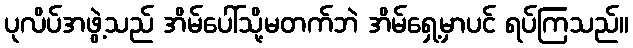
ပုလိပ်အဖွဲ့သည် အိမ်ပေါ်သို့မတက်ဘဲ အိမ်ရှေ့မှာပင် ရပ်ကြသည်။